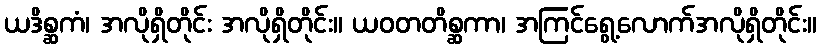
ယဒိစ္ဆကံ၊ အလိုရှိတိုင်း အလိုရှိတိုင်း။ ယဝတတိစ္ဆကာ၊ အကြင်ရွေ့လောက်အလိုရှိတိုင်း။